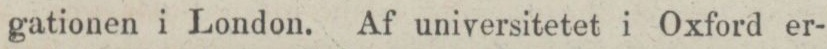
gationen i London. Af universitetet i Oxford er-